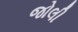
જોલી